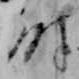
時